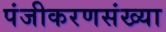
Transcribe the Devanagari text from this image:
पंजीकरणसंख्या